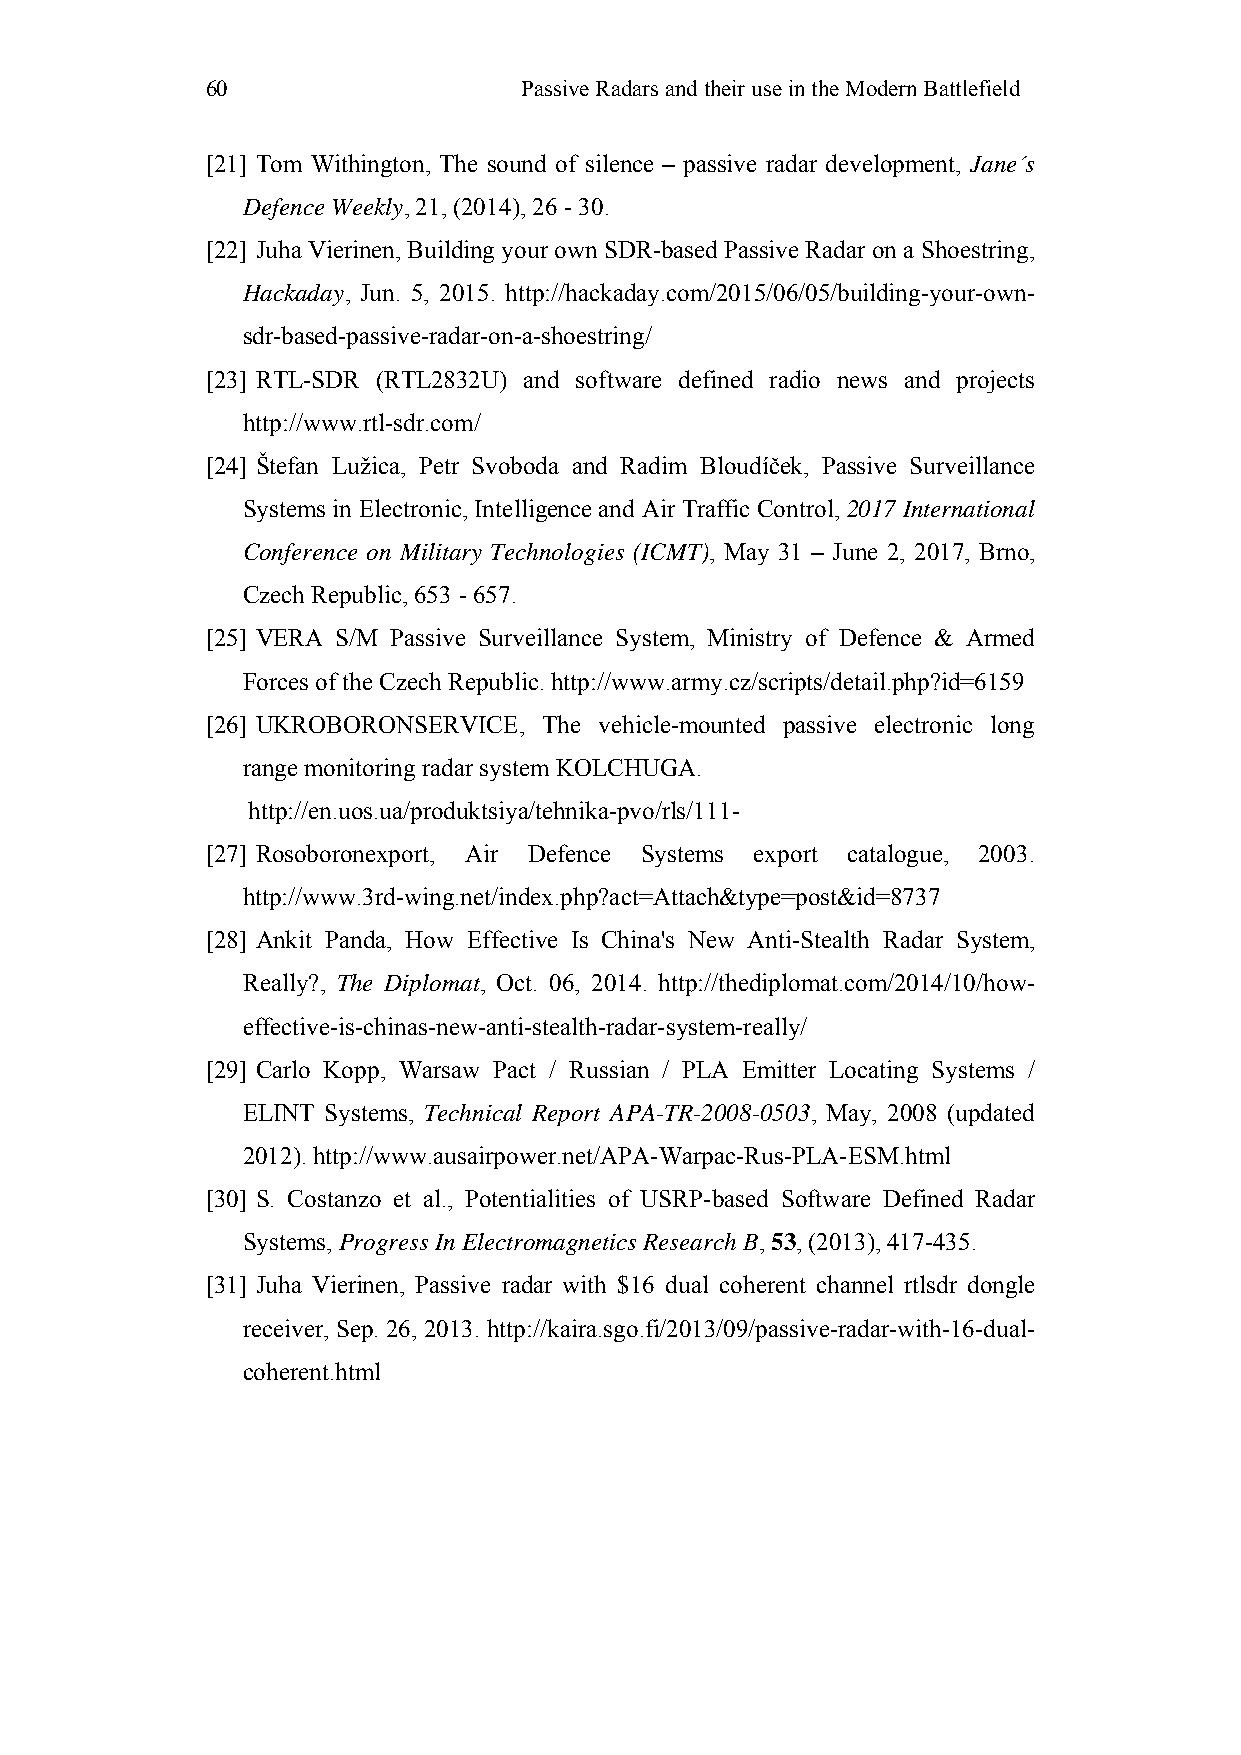
60                  Passive Radars and their use in the Modern Battlefield
 [21] Tom Withington, The sound of silence – passive radar development, Jane´s
 Defence Weekly, 21, (2014), 26 - 30.
 [22] Juha Vierinen, Building your own SDR-based Passive Radar on a Shoestring,
 Hackaday, Jun. 5, 2015. http://hackaday.com/2015/06/05/building-your-own-
 sdr-based-passive-radar-on-a-shoestring/
 [23] RTL-SDR (RTL2832U) and software defined radio news and projects
 http://www.rtl-sdr.com/
 [24] Štefan Lužica, Petr Svoboda and Radim Bloudíček, Passive Surveillance
 Systems in Electronic, Intelligence and Air Traffic Control, 2017 International
 Conference on Military Technologies (ICMT), May 31 – June 2, 2017, Brno,
 Czech Republic, 653 - 657.
 [25] VERA S/M Passive Surveillance System, Ministry of Defence & Armed
 Forces of the Czech Republic. http://www.army.cz/scripts/detail.php?id=6159
 [26] UKROBORONSERVICE, The vehicle-mounted passive electronic long
 range monitoring radar system KOLCHUGA.
 http://en.uos.ua/produktsiya/tehnika-pvo/rls/111-
 [27] Rosoboronexport, Air Defence Systems export catalogue, 2003.
 http://www.3rd-wing.net/index.php?act=Attach&type=post&id=8737
 [28] Ankit Panda, How Effective Is China's New Anti-Stealth Radar System,
 Really?, The Diplomat, Oct. 06, 2014. http://thediplomat.com/2014/10/how-
 effective-is-chinas-new-anti-stealth-radar-system-really/
 [29] Carlo Kopp, Warsaw Pact / Russian / PLA Emitter Locating Systems /
 ELINT Systems, Technical Report APA-TR-2008-0503, May, 2008 (updated
 2012). http://www.ausairpower.net/APA-Warpac-Rus-PLA-ESM.html
 [30] S. Costanzo et al., Potentialities of USRP-based Software Defined Radar
 Systems, Progress In Electromagnetics Research B, 53, (2013), 417-435.
 [31] Juha Vierinen, Passive radar with $16 dual coherent channel rtlsdr dongle
 receiver, Sep. 26, 2013. http://kaira.sgo.fi/2013/09/passive-radar-with-16-dual-
 coherent.html